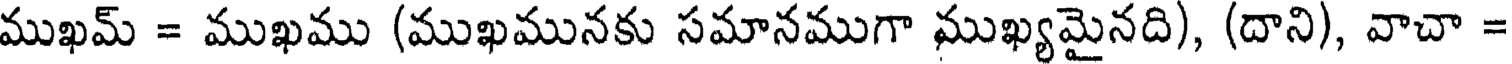
ముఖమ్ = ముఖము (ముఖమునకు సమానముగా ముఖ్యమైనది), (దాని), వాచా =